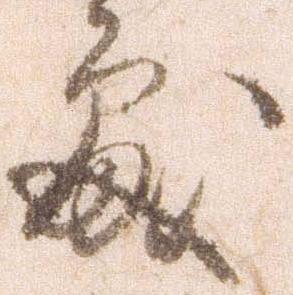
処